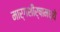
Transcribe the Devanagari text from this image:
मार्गशीर्षामध्ये